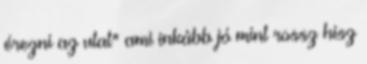
érezni az utat" ami inkább jó mint rossz hisz